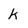
Character: k